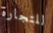
للتجارة